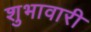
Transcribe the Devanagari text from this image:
शुभावारी